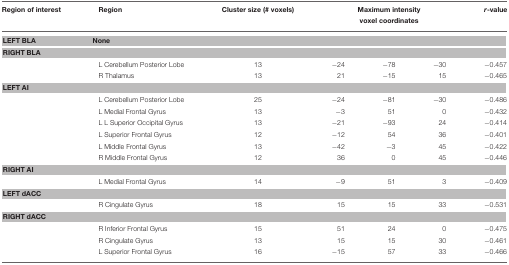
| Region of interest | Region | Cluster size (# voxels) | <COLSPAN=3> Maximum intensity voxel coordinates | r-value |
 | --- | --- | --- | --- | --- | --- | --- |
 | LEFT BLA | <COLSPAN=6> None |
 | <COLSPAN=7> RIGHT BLA |
 |  | L Cerebellum Posterior Lobe | 13 | −24 | −78 | −30 | −0.457 |
 |  | R Thalamus | 13 | 21 | −15 | 15 | −0.465 |
 | <COLSPAN=7> LEFT AI |
 |  | L Cerebellum Posterior Lobe | 25 | −24 | −81 | −30 | −0.486 |
 |  | L Medial Frontal Gyrus | 13 | −3 | 51 | 0 | −0.432 |
 |  | L L Superior Occipital Gyrus | 13 | −21 | −93 | 24 | −0.414 |
 |  | L Superior Frontal Gyrus | 12 | −12 | 54 | 36 | −0.401 |
 |  | L Middle Frontal Gyrus | 13 | −42 | −3 | 45 | −0.422 |
 |  | R Middle Frontal Gyrus | 12 | 36 | 0 | 45 | −0.446 |
 | <COLSPAN=7> RIGHT AI |
 |  | L Medial Frontal Gyrus | 14 | −9 | 51 | 3 | −0.409 |
 | <COLSPAN=7> LEFT dACC |
 |  | R Cingulate Gyrus | 18 | 15 | 15 | 33 | −0.531 |
 | <COLSPAN=7> RIGHT dACC |
 |  | R Inferior Frontal Gyrus | 15 | 51 | 24 | 0 | −0.475 |
 |  | R Cingulate Gyrus | 13 | 15 | 15 | 30 | −0.461 |
 |  | L Superior Frontal Gyrus | 16 | −15 | 57 | 33 | −0.466 |